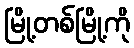
မြို့တစ်မြို့ကို